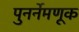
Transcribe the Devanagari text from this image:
पुनर्नेमणूक